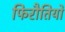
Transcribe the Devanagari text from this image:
फिरौतियों